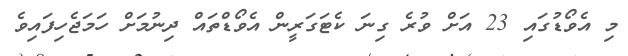
މި އެވޯޑުގައި 23 އަށް ވުރެ ގިނަ ކެޓަގަރީން އެވޯޑްތައް ދިނުމަށް ހަމަޖެހިފައިވެ